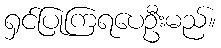
ရှင်ပြုကြရပေဦးမည်။